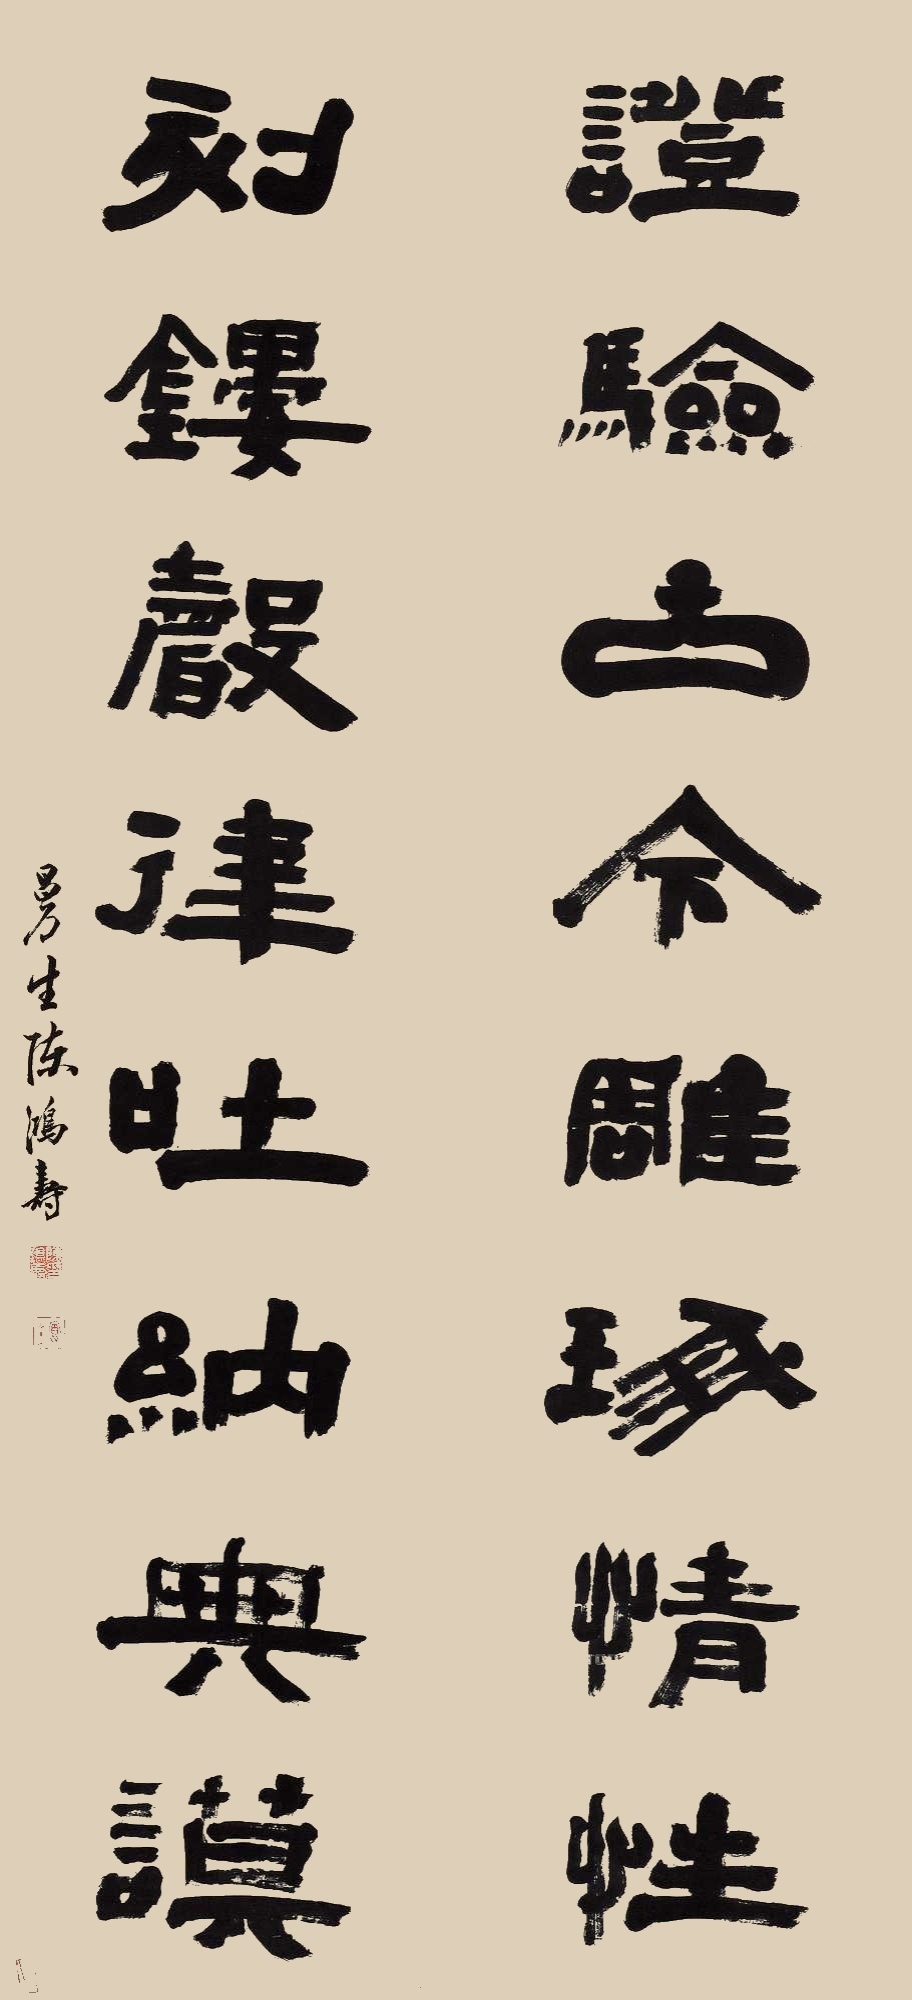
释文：证验古今雕琢情性，刻镂声律吐纳典谟。曼生陈鸿寿。